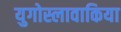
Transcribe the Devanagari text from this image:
युगोस्लावाकिया